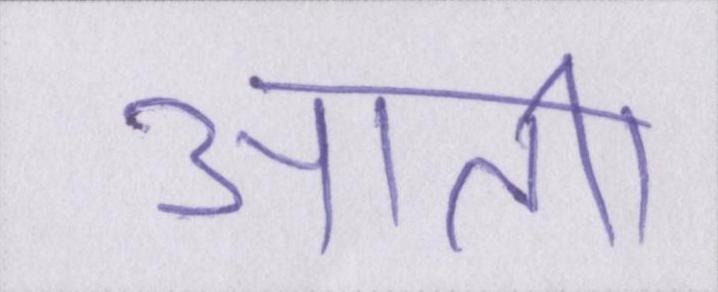
आती।